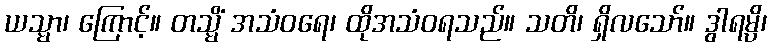
ယသ္မာ၊ ကြောင့်။ တသ္မိံ အသံဝရေ၊ ထိုအသံဝရသည်။ သတိ၊ ရှိလသော်။ ဒွါရမ္ပိ၊